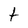
Character: t